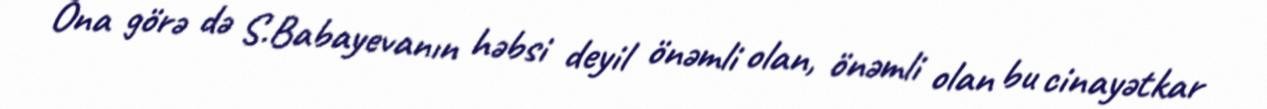
Ona görə də S.Babayevanın həbsi deyil önəmli olan, önəmli olan bu cinayətkar